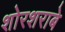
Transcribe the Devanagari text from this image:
शोरशराबे